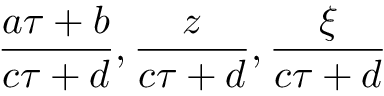
\frac { a \tau + b } { c \tau + d } , \frac { z } { c \tau + d } , \frac { \xi } { c \tau + d }